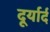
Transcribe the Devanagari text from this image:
दूर्यार्द